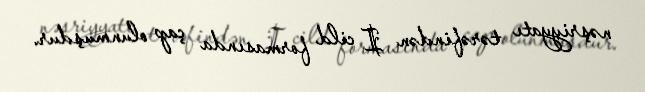
nəşriyyatı tərəfindən I cild formasında çap olunmuşdur.